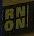
rn